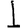
Digit: 1